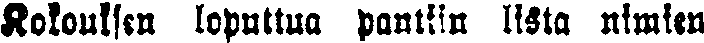
Kokouksen loputtua pantiin lista nimien